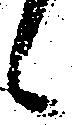
候